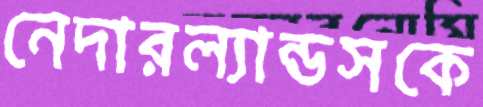
নেদারল্যান্ডসকে